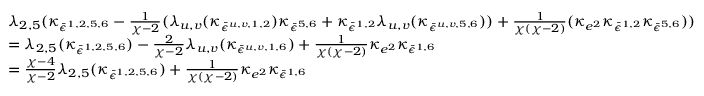
\begin{array} { r l } & { \lambda _ { 2 , 5 } ( \kappa _ { \bar { \epsilon } ^ { 1 , 2 , 5 , 6 } } - \frac { 1 } { \chi - 2 } ( \lambda _ { u , v } ( \kappa _ { \bar { \epsilon } ^ { u , v , 1 , 2 } } ) \kappa _ { \bar { \epsilon } ^ { 5 , 6 } } + \kappa _ { \bar { \epsilon } ^ { 1 , 2 } } \lambda _ { u , v } ( \kappa _ { \bar { \epsilon } ^ { u , v , 5 , 6 } } ) ) + \frac { 1 } { \chi ( \chi - 2 ) } ( \kappa _ { e ^ { 2 } } \kappa _ { \bar { \epsilon } ^ { 1 , 2 } } \kappa _ { \bar { \epsilon } ^ { 5 , 6 } } ) ) } \\ & { = \lambda _ { 2 , 5 } ( \kappa _ { \bar { \epsilon } ^ { 1 , 2 , 5 , 6 } } ) - \frac { 2 } { \chi - 2 } \lambda _ { u , v } ( \kappa _ { \bar { \epsilon } ^ { u , v , 1 , 6 } } ) + \frac { 1 } { \chi ( \chi - 2 ) } \kappa _ { e ^ { 2 } } \kappa _ { \bar { \epsilon } ^ { 1 , 6 } } } \\ & { = \frac { \chi - 4 } { \chi - 2 } \lambda _ { 2 , 5 } ( \kappa _ { \bar { \epsilon } ^ { 1 , 2 , 5 , 6 } } ) + \frac { 1 } { \chi ( \chi - 2 ) } \kappa _ { e ^ { 2 } } \kappa _ { \bar { \epsilon } ^ { 1 , 6 } } } \end{array}